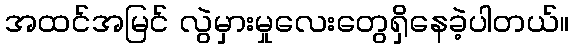
အထင်အမြင် လွဲမှားမှုလေးတွေရှိနေခဲ့ပါတယ်။